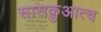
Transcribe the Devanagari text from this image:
सासक़ुआत्च